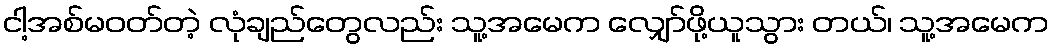
ငါ့အစ်မဝတ်တဲ့ လုံချည်တွေလည်း သူ့အမေက လျှော်ဖို့ယူသွား တယ်၊ သူ့အမေက